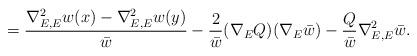
LaTeX: \begin{align*} = \frac{\nabla^2_{E,E} w(x) - \nabla^2_{E,E} w(y)}{\bar{w}} -\frac{2}{\bar{w}} (\nabla_E Q) (\nabla_E\bar{w}) -\frac{Q}{\bar{w}} \nabla^2_{E,E}\bar{w}. \end{align*}